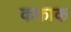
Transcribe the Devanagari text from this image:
ककाक